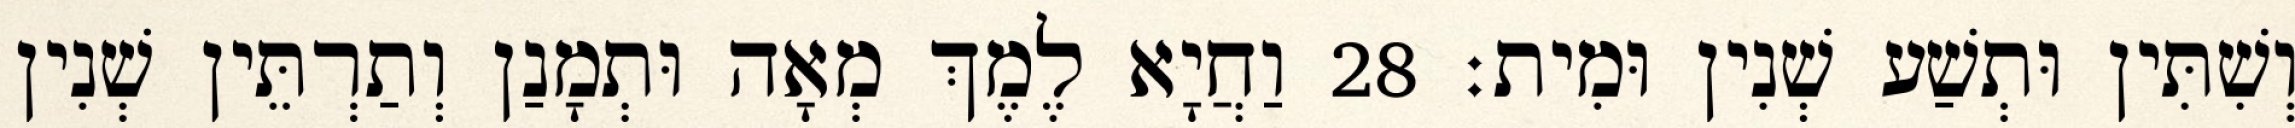
וְשִׁתִּין וּתְשַׁע שְׁנִין וּמִית׃ 28 וַחֲיָא לֶמֶךְ מְאָה וּתְמָנַן וְתַרְתֵּין שְׁנִין